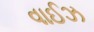
વાઈઝ